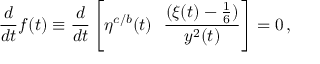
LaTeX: { \frac { d } { d t } } f ( t ) \equiv { \frac { d } { d t } } \left[ \eta ^ { c / b } ( t ) ~ ~ { \frac { ( \xi ( t ) - { \frac { 1 } { 6 } } ) } { y ^ { 2 } ( t ) } } \right] = 0 \, ,